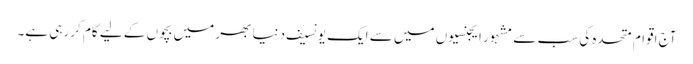
آج اقوام متحدہ کی سب سے مشہور ایجنسیوں میں سے ایک یونسیف دنیا بھر میں بچوں کے لیے کام کر رہی ہے۔